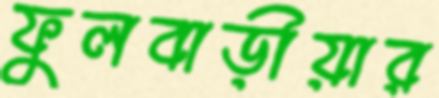
ফুলবাড়ীয়ার